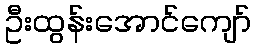
ဦးထွန်းအောင်ကျော်